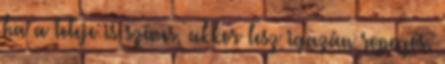
ha a teteje is színes, akkor lesz igazán ropogós.